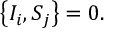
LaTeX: \left\lbrace I _ { i } , S _ { j } \right\rbrace = 0 .